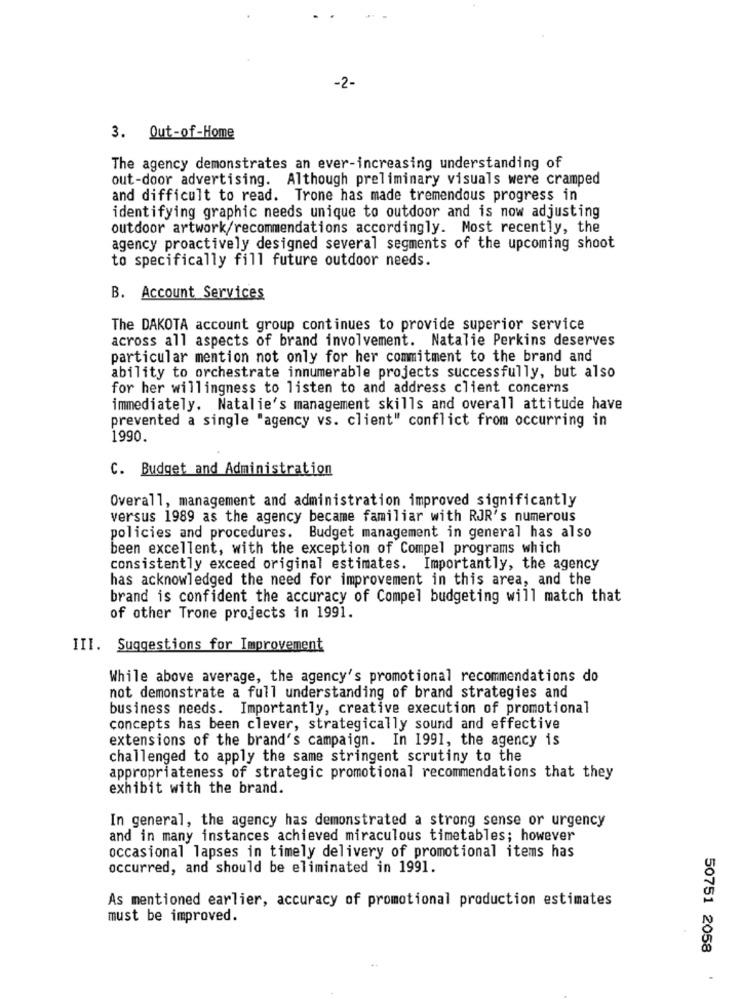
-2-
3. Out-of-Home
The agency demonstrates an ever-increasing understanding of
out-door advertising. Although preliminary visuals were cramped
and difficult to read. Trone has made tremendous progress in
identifying graphic needs unique to outdoor and is now adjusting
outdoor artwork/recommendations accordingly. Most recently, the
agency proactively designed several segments of the upcoming shoot
to specifically fill future outdoor needs.
B. Account Services
The DAKOTA account group continues to provide superior service
across all aspects of brand involvement. Natalie Perkins deserves
particular mention not only for her commitment to the brand and
ability to orchestrate innumerable projects successfully, but also
for her willingness to listen to and address client concerns
immediately. Natalie's management skills and overall attitude have
prevented a single "agency vs. client" conflict from occurring in
1990.
C. Budget and Administration
Overall, management and administration improved significantly
versus 1989 as the agency became familiar with RJR's numerous
policies and procedures. Budget management in general has also
been excellent, with the exception of Compel programs which
consistently exceed original estimates. Importantly, the agency
has acknowledged the need for improvement in this area, and the
brand is confident the accuracy of Compel budgeting will match that
of other Trone projects in 1991.
III. Suggestions for Improvement
While above average, the agency's promotional recommendations do
not demonstrate a full understanding of brand strategies and
business needs. Importantly, creative execution of promotional
concepts has been clever, strategically sound and effective
extensions of the brand's campaign. In 1991, the agency is
challenged to apply the same stringent scrutiny to the
appropriateness of strategic promotional recommendations that they
exhibit with the brand.
In general, the agency has demonstrated a strong sense or urgency
and in many instances achieved miraculous timetables; however
occasional lapses in timely delivery of promotional items has
occurred, and should be eliminated in 1991.
As mentioned earlier, accuracy of promotional production estimates
must be improved.
50751 2058